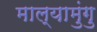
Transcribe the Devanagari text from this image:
माल्यामुंगु